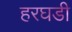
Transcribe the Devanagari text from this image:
हरघडी